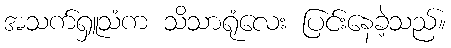
အသက်ရှူသံက သိသာရုံလေး ပြင်းနေခဲ့သည်။